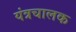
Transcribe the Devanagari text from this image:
यंत्रचालक